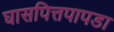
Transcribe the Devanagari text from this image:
घासपित्तपापडा